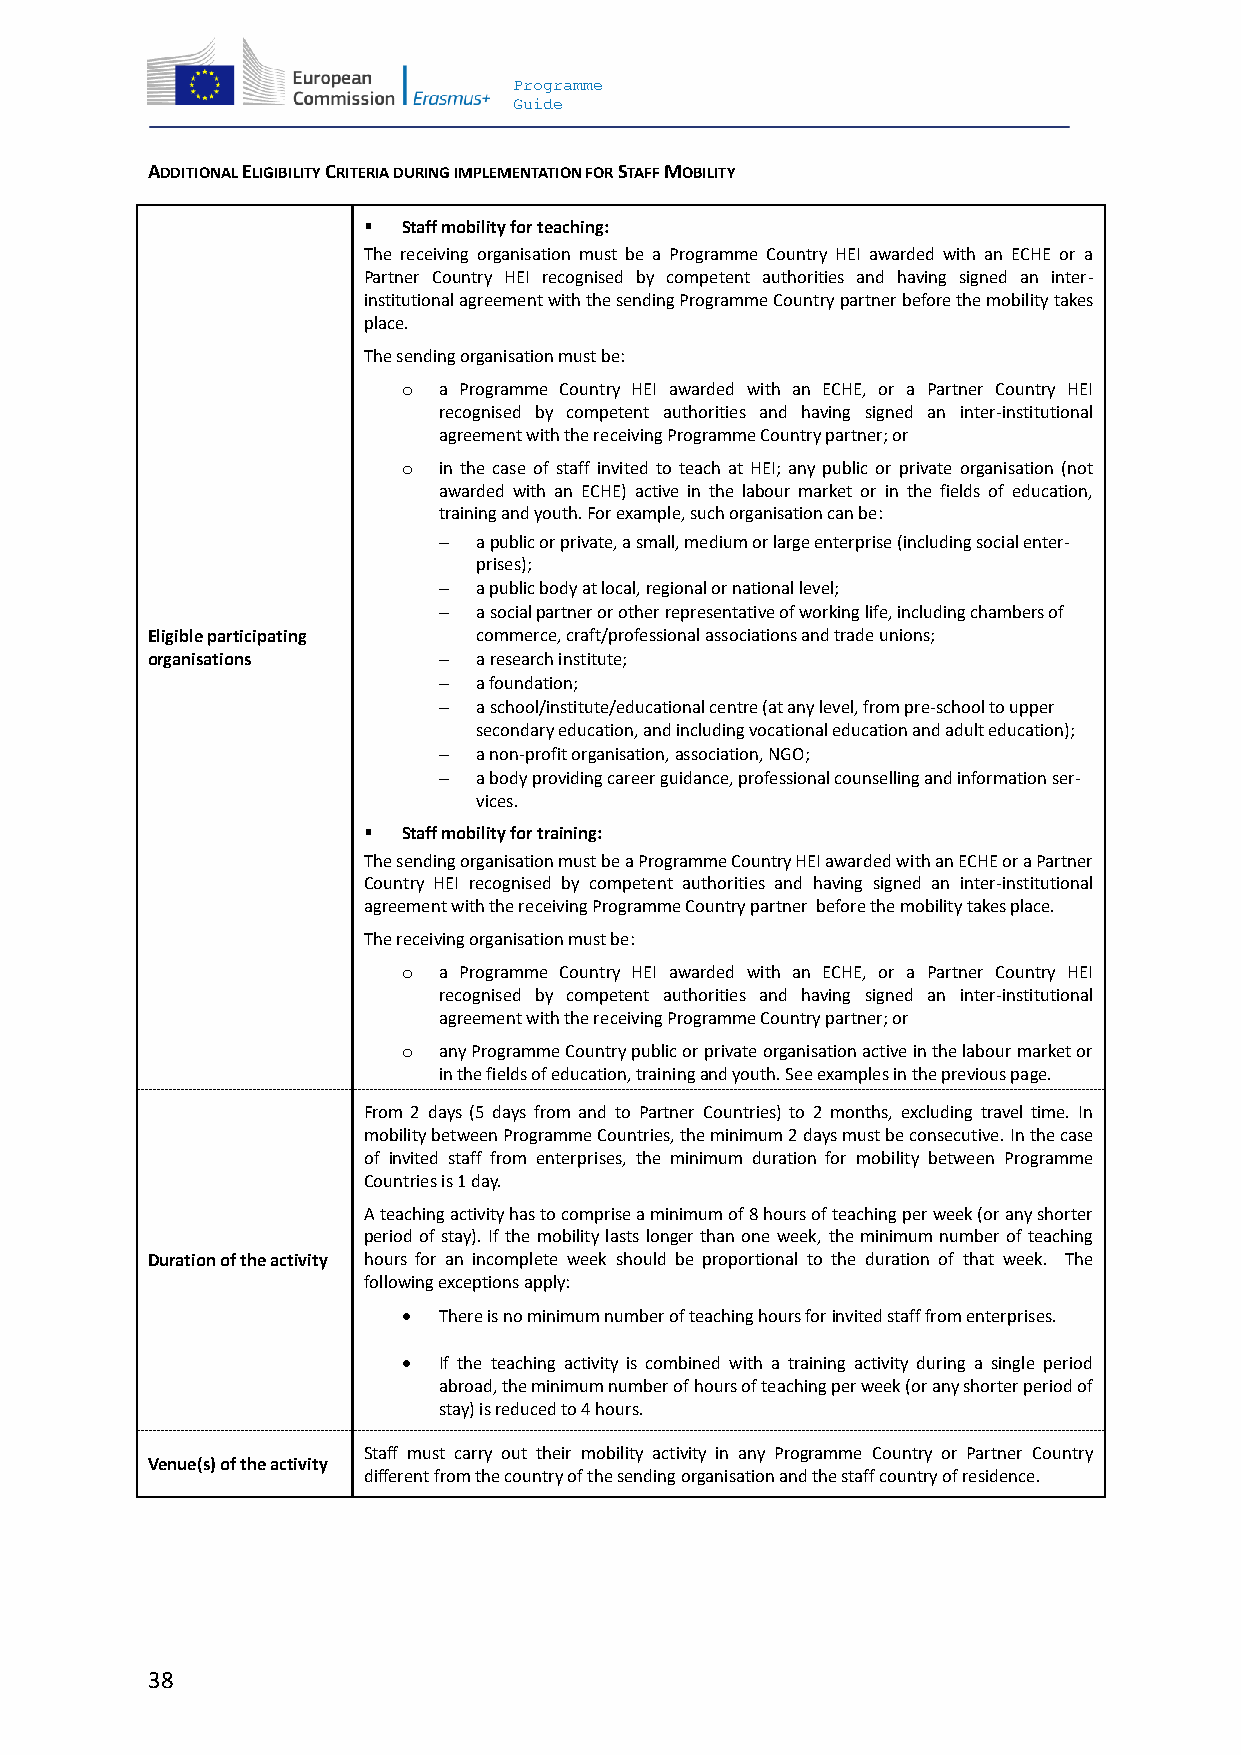
Programme
 Guide
 ADDITIONAL ELIGIBILITY CRITERIA DURING IMPLEMENTATION FOR STAFF MOBILITY
   Staff mobility for teaching:
 The receiving organisation must be a Programme Country HEI awarded with an ECHE or a
 Partner Country HEI recognised by competent authorities and having signed an inter-
 institutional agreement with the sending Programme Country partner before the mobility takes
 place.
 The sending organisation must be:
 o a Programme Country HEI awarded with an ECHE, or a Partner Country HEI
 recognised by competent authorities and having signed an inter-institutional
 agreement with the receiving Programme Country partner; or
 o in the case of staff invited to teach at HEI; any public or private organisation (not
 awarded with an ECHE) active in the labour market or in the fields of education,
 training and youth. For example, such organisation can be:
   a public or private, a small, medium or large enterprise (including social enter-
 prises);
   a public body at local, regional or national level;
   a social partner or other representative of working life, including chambers of
 Eligible participating commerce, craft/professional associations and trade unions;
 organisations        a research institute;
   a foundation;
   a school/institute/educational centre (at any level, from pre-school to upper
 secondary education, and including vocational education and adult education);
   a non-profit organisation, association, NGO;
   a body providing career guidance, professional counselling and information ser-
 vices.
   Staff mobility for training:
 The sending organisation must be a Programme Country HEI awarded with an ECHE or a Partner
 Country HEI recognised by competent authorities and having signed an inter-institutional
 agreement with the receiving Programme Country partner before the mobility takes place.
 The receiving organisation must be:
 o a Programme Country HEI awarded with an ECHE, or a Partner Country HEI
 recognised by competent authorities and having signed an inter-institutional
 agreement with the receiving Programme Country partner; or
 o any Programme Country public or private organisation active in the labour market or
 in the fields of education, training and youth. See examples in the previous page.
 From 2 days (5 days from and to Partner Countries) to 2 months, excluding travel time. In
 mobility between Programme Countries, the minimum 2 days must be consecutive. In the case
 of invited staff from enterprises, the minimum duration for mobility between Programme
 Countries is 1 day.
 A teaching activity has to comprise a minimum of 8 hours of teaching per week (or any shorter
 period of stay). If the mobility lasts longer than one week, the minimum number of teaching
 Duration of the activity hours for an incomplete week should be proportional to the duration of that week. The
 following exceptions apply:
  There is no minimum number of teaching hours for invited staff from enterprises.
  If the teaching activity is combined with a training activity during a single period
 abroad, the minimum number of hours of teaching per week (or any shorter period of
 stay) is reduced to 4 hours.
 Staff must carry out their mobility activity in any Programme Country or Partner Country
 Venue(s) of the activity
 different from the country of the sending organisation and the staff country of residence.
 38